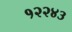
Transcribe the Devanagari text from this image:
१२२४३